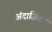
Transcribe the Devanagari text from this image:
अंदाजिता